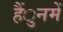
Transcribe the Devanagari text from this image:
हैंुनमें